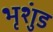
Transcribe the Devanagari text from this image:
भृशुंड